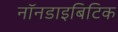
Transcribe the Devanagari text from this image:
नॉनडाइबिटिक